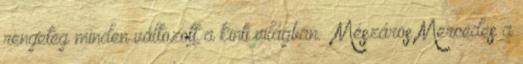
rengeteg minden változott a kinti világban.” Mészáros Mercedes a